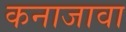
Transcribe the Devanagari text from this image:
कनाजावा